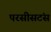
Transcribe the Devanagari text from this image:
परसीसटंस